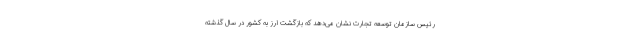
رئیس سازمان توسعه تجارت نشان می‌دهد که بازگشت ارز به کشور در سال گذشته